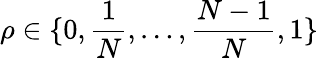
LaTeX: \rho\in\{ 0,\frac{1}{N},\ldots,\frac{N-1}{N},1\}